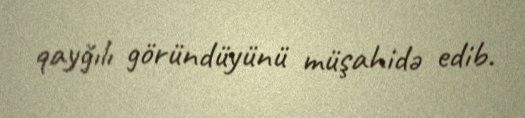
qayğılı göründüyünü müşahidə edib.